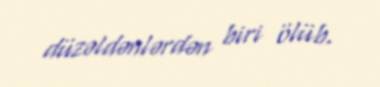
düzəldənlərdən biri ölüb.